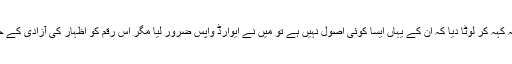
انہوں نے کہا’’جب اکیڈمی نے میرا انعام یہ کہہ کر لوٹا دیا کہ ان کے یہاں ایسا کوئی اصول نہیں ہے تو میں نے ایوارڈ واپس ضرور لیا مگر اس رقم کو اظہار کی آزادی کے حق میں لڑنے والوں کو دینے کا فیصلہ کیا۔